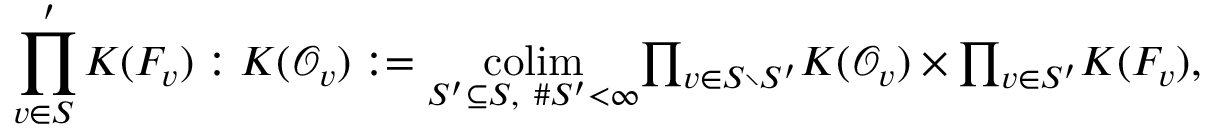
\underset { v \in S \; } { \prod ^ { \prime } } K ( F _ { v } ) : K ( \mathcal { O } _ { v } ) : = \underset { S ^ { \prime } \subseteq S \mathrm { , ~ } \# S ^ { \prime } < \infty } { \operatorname * { c o l i m } } { \textstyle \prod _ { v \in S \setminus S ^ { \prime } } } K ( \mathcal { O } _ { v } ) \times { \textstyle \prod _ { v \in S ^ { \prime } } } K ( F _ { v } ) \mathrm { , }